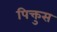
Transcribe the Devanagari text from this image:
पिक्तुस